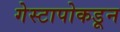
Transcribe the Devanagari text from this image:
गेस्टापोकडून